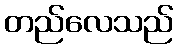
တည်လေသည်